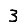
Digit: 3